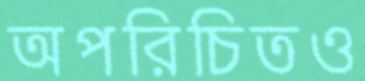
অপরিচিতও